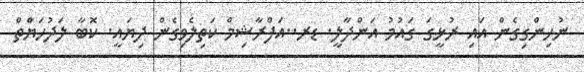
ނުހިންގިގެން އައި ރުޅީގަ ގައުމު އަންދާލީ. ޑރ..އަފްރާޝިމް ކަތިލެވިގެން ދިޔައީ. ކޮބާ ލަދުހަޔާްތް